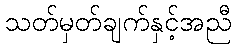
သတ်မှတ်ချက်နှင့်အညီ